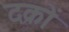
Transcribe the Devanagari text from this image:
दक्रों